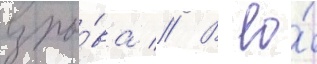
взры́ва // В ео́